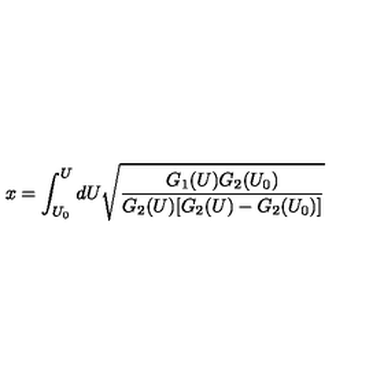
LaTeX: x = \int _ { U _ { 0 } } ^ { U } d U \sqrt { \frac { G _ { 1 } ( U ) G _ { 2 } ( U _ { 0 } ) } { G _ { 2 } ( U ) [ G _ { 2 } ( U ) - G _ { 2 } ( U _ { 0 } ) ] } }